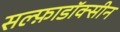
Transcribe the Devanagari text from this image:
सल्फ़ाडॉक्सीन